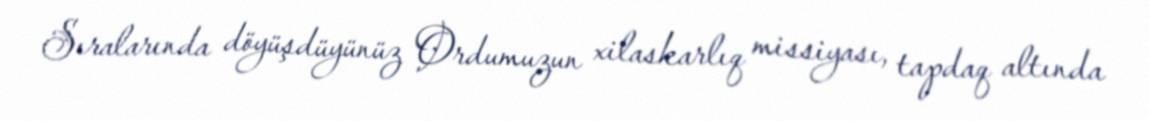
Sıralarında döyüşdüyünüz Ordumuzun xilaskarlıq missiyası, tapdaq altında